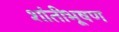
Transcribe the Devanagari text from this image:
शांतीभूषण